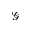
\mathcal { G }